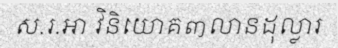
ស.រ.អា វិនិយោគ៣លានដុល្លារ